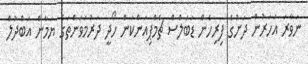
ނަވާރަ އަހަރުން ދަށުގެ ފިރިހެން ޑަބަލްސް ޗެމްޕިއަންކަން ހޯދީ ދަރުމަވަންތަގެ ޔަމާން އަބްދުލް